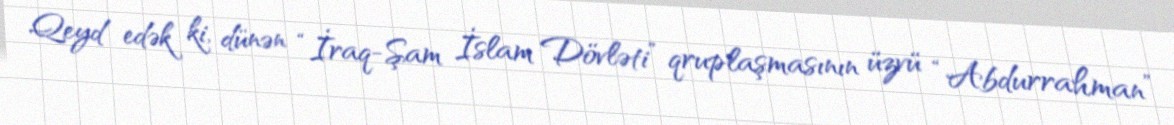
Qeyd edək ki, dünən “İraq-Şam İslam Dövləti” qruplaşmasının üzvü “Abdurrahman”